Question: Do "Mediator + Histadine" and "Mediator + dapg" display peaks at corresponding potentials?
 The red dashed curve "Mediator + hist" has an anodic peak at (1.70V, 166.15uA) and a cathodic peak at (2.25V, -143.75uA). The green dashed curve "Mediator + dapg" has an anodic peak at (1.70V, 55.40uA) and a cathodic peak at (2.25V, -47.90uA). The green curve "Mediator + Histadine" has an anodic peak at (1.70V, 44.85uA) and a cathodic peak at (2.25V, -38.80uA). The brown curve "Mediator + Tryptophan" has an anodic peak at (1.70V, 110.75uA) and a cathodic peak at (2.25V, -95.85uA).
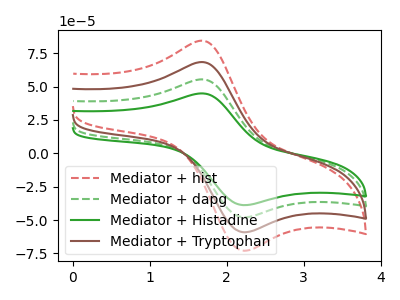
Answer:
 <answer>Yes, "Mediator + Histadine" have a peak in "Mediator + dapg" at the same potential.</answer>
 <eval>match</eval>